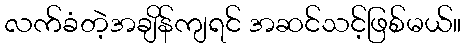
လက်ခံတဲ့အချိန်ကျရင် အဆင်သင့်ဖြစ်မယ်။